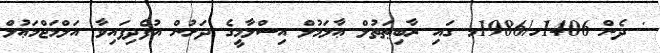
' ދެން 1406ހ/1986މ ގައި ރާބިޠަތުލް ޢާލަމުލް އިސްލާމީގެ ދަށުން އުފެދިފައިވާ އަލްމަޖްމަޢުލް